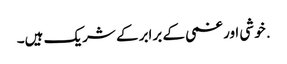
. خوشی اور غمی کے برابر کے شریک ہیں۔